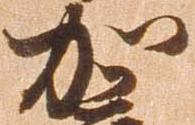
加